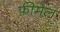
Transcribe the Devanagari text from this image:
फ़ीमेल